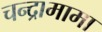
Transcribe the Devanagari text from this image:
चन्द्रामामा